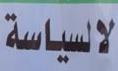
لالسيا